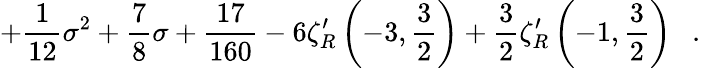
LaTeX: +{\frac{1}{12}}\sigma^{2}+{\frac{7}{8}}\sigma+{\frac{17}{160}}-6\zeta_{R}^{\prime}\left(-3,\frac 32\right)+\frac 32\zeta_{R}^{\prime}\left(-1,\frac 32\right)~~~.